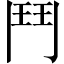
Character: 鬥